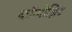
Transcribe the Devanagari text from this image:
कॉम्पोझिट